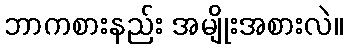
ဘာကစားနည်း အမျိုးအစားလဲ။